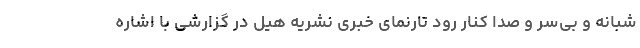
شبانه و بی‌سر و صدا کنار رود تارنمای خبری نشریه هیل در گزارشی با اشاره